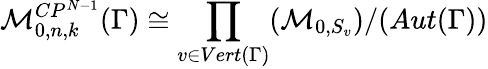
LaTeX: {\cal M}_{0,n,k}^{CP^{N-1}}(\Gamma)\cong\prod_{v\in Vert(\Gamma)}({\cal M}_{0,S_{v}})/(Aut(\Gamma))